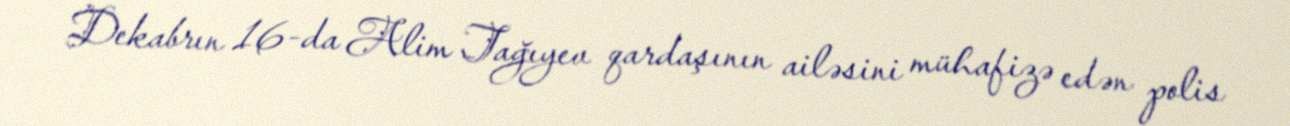
Dekabrın 16-da Alim Tağıyev qardaşının ailəsini mühafizə edən polis